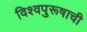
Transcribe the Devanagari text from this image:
विश्‍वपुरूषाची